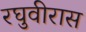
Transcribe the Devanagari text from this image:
रघुवीरास